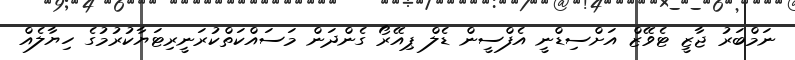
ނަމްބަރު ޖާޒީ ޓެވޭޒް އަށްސިޑްނީ އެފްސީން ޑެލް ޕިއޭރޯ ގެންދަން މަސައްކަތްކުރަނީރިޓަޔާކުރުމުގެ ހިޔާލެއް